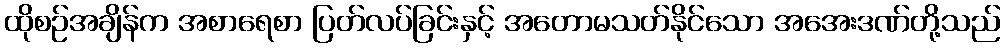
ထိုစဉ်အချိန်က အစာရေစာ ပြတ်လပ်ခြင်းနှင့် အတောမသတ်နိုင်သော အအေးဒဏ်တို့သည်